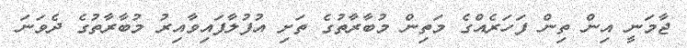
ޖާމަނީ އިން ތިން ފަހަރެއްގެ މަތިން މުބާރާތުގެ ތަށި އުފުލާފައިވާއިރު މުބާރާތުގެ ދެވަނަ